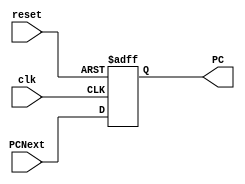
module D_Flipflop (
    input clk ,reset,
    input [31:0] PCNext,
    output reg [31:0] PC 
);

    always@(posedge clk or negedge reset) begin
        if(~reset)
            PC <= 0 ;
        else
            PC <= PCNext ;
    end
    
endmodule